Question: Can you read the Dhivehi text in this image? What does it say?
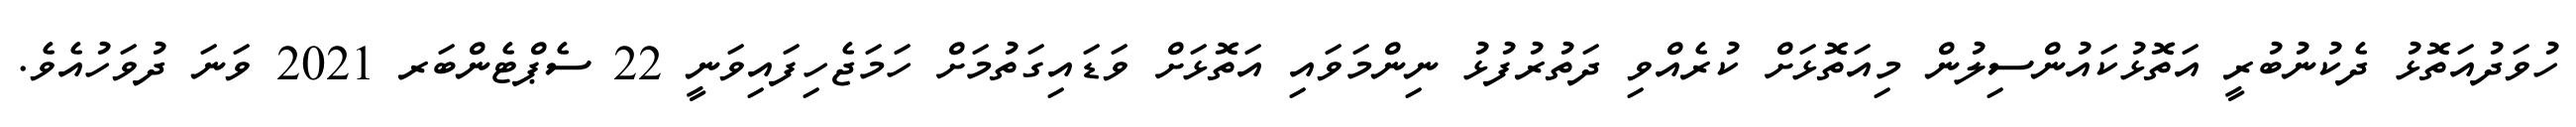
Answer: ހުވަދުއަތޮޅު ދެކުނުބުރީ އަތޮޅުކައުންސިލުން މިއަތޮޅަށް ކުރެއްވި ދަތުރުފުޅު ނިންމަވައި އަތޮޅަށް ވަޑައިގަތުމަށް ހަމަޖެހިފައިވަނީ 22 ސެޕްޓެންބަރ 2021 ވަނަ ދުވަހުއެވެ.